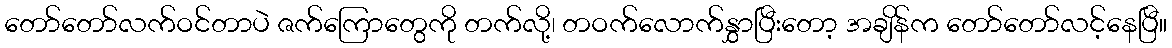
တော်တော်လက်ဝင်တာပဲ ဇက်ကြောတွေကို တက်လို့၊ တဝက်လောက်နွှာပြီးတော့ အချိန်က တော်တော်လင့်နေပြီ။